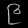
Digit: ၉